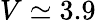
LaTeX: V\simeq 3.9